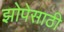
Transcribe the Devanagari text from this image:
झोपेसाठी